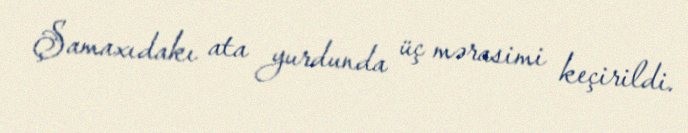
Şamaxıdakı ata yurdunda üç mərasimi keçirildi.